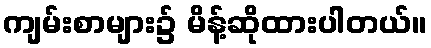
ကျမ်းစာများ၌ မိန့်ဆိုထားပါတယ်။